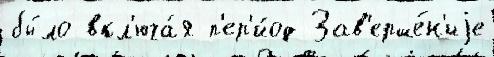
бы́ло вкл'юча́я п'ер'и́од Зав'ерше́н'иjе